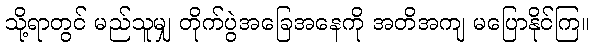
သို့ရာတွင် မည်သူမျှ တိုက်ပွဲအခြေအနေကို အတိအကျ မပြောနိုင်ကြ။